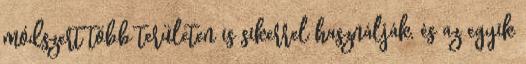
módszert több területen is sikerrel használják, és az egyik